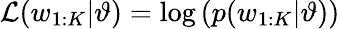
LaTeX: \mathcal{L}(w_{1:K}|\vartheta)=\log\left(p(w_{1:K}|\vartheta)\right)